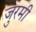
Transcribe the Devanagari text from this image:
जुरमी